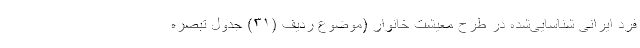
فرد ایرانی شناسایی‌شده در طرح معیشت خانوار (موضوع ردیف (۳۱) جدول تبصره